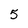
Character: 5